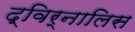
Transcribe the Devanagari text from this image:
द्विर्नालिस